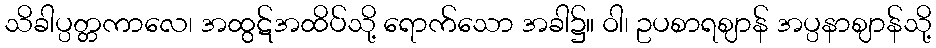
သိခါပ္ပတ္တကာလေ၊ အထွဋ်အထိပ်သို့ ရောက်သော အခါ၌။ ဝါ၊ ဥပစာရဈာန် အပ္ပနာဈာန်သို့